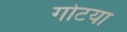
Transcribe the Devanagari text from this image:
गोटया